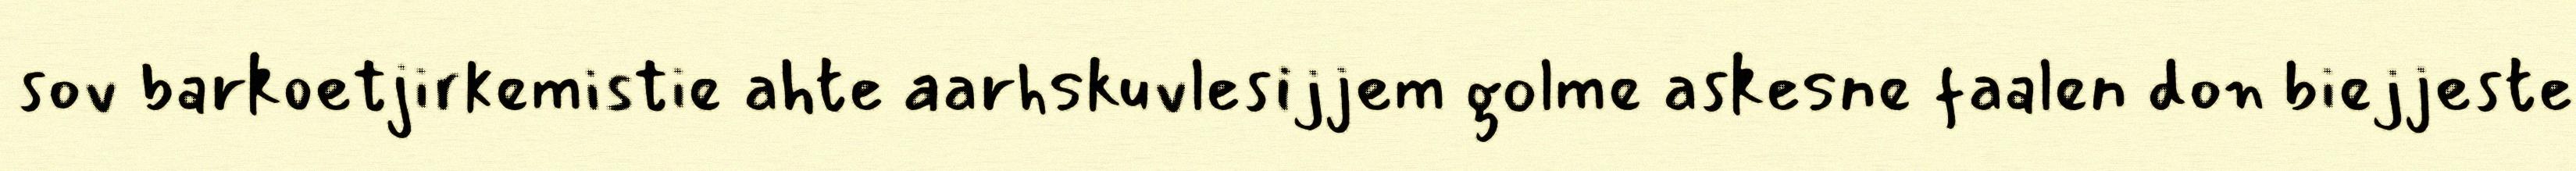
sov barkoetjirkemistie ahte aarhskuvlesijjem golme askesne faalen don biejjeste